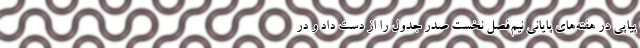
پیاپی در هفته‌های پایانی نیم‌فصل نخست صدر جدول را از دست داد و در